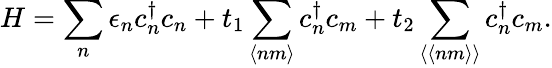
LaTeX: H=\sum_{n}\epsilon_{n}c_{n}^{\dagger}c_{n}+t_{1}\sum_{\langle nm\rangle}c_{n}^{\dagger}c_{m}+t_{2}\sum_{\langle\langle nm\rangle\rangle}c_{n}^{\dagger}c_{m}.